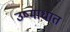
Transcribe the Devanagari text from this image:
उष्माधात